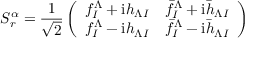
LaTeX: S _ { r } ^ { \alpha } = { \frac { 1 } { \sqrt { 2 } } } \left( \begin{array} { l l } { { f _ { I } ^ { \Lambda } + \mathrm { i } h _ { \Lambda I } } } & { { \bar { f } _ { I } ^ { \Lambda } + \mathrm { i } \bar { h } _ { \Lambda I } } } \\ { { f _ { I } ^ { \Lambda } - \mathrm { i } h _ { \Lambda I } } } & { { \bar { f } _ { I } ^ { \Lambda } - \mathrm { i } \bar { h } _ { \Lambda I } } } \end{array} \right)